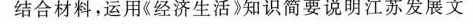
结合材料，运用《经济生活》知识简要说明江苏发展文